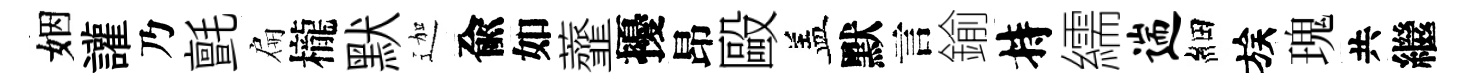
姻讙乃氈扁櫳默迦兪如虀擾昂毆盖默言鍮持繻遄細族瑰共繼